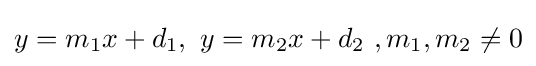
y=m_{1}x+d_{1},\ y=m_{2}x+d_{2}\ ,m_{1},m_{2}\neq 0